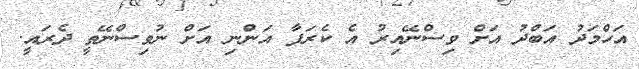
އަހްމަދު އަބްދު އަށް ވިސްނޭއިރު އެ ކެރަފާ އަންނި އަށް ނުވިސްނޭތީ ދެރައީ.